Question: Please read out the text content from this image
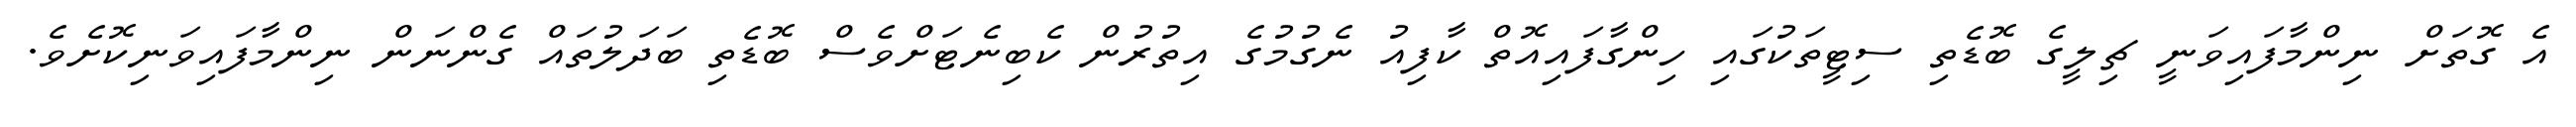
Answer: އެ ގޮތަށް ނިންމާފައިވަނީ ޗިލީގެ ބޮޑެތި ސިޓީތަކުގައި ހިންގާފައިއޮތް ކާފިއު ނެގުމުގެ އިތުރުން ކެބިނެޓަށްވެސް ބޮޑެތި ބަދަލުތައް ގެންނަން ނިންމާފައިވަނިކޮށެވެ.